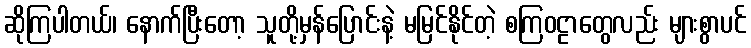
ဆိုကြပါတယ်၊ နောက်ပြီးတော့ သူတို့မှန်ပြောင်းနဲ့ မမြင်နိုင်တဲ့ စကြဝဠာတွေလည်း များစွာပင်